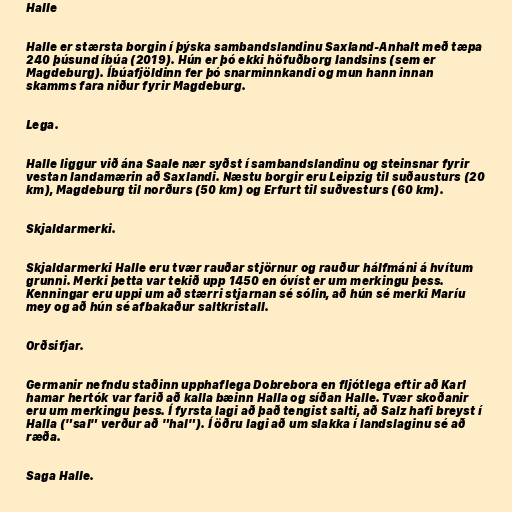
Halle

Halle er stærsta borgin í þýska sambandslandinu Saxland-Anhalt með tæpa
240 þúsund íbúa (2019). Hún er þó ekki höfuðborg landsins (sem er
Magdeburg). Íbúafjöldinn fer þó snarminnkandi og mun hann innan
skamms fara niður fyrir Magdeburg.

Lega.

Halle liggur við ána Saale nær syðst í sambandslandinu og steinsnar fyrir
vestan landamærin að Saxlandi. Næstu borgir eru Leipzig til suðausturs (20
km), Magdeburg til norðurs (50 km) og Erfurt til suðvesturs (60 km).

Skjaldarmerki.

Skjaldarmerki Halle eru tvær rauðar stjörnur og rauður hálfmáni á hvítum
grunni. Merki þetta var tekið upp 1450 en óvíst er um merkingu þess.
Kenningar eru uppi um að stærri stjarnan sé sólin, að hún sé merki Maríu
mey og að hún sé afbakaður saltkristall.

Orðsifjar.

Germanir nefndu staðinn upphaflega Dobrebora en fljótlega eftir að Karl
hamar hertók var farið að kalla bæinn Halla og síðan Halle. Tvær skoðanir
eru um merkingu þess. Í fyrsta lagi að það tengist salti, að Salz hafi breyst í
Halla ("sal" verður að "hal"). Í öðru lagi að um slakka í landslaginu sé að
ræða.

Saga Halle.